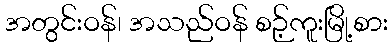
အတွင်းဝန်၊ အသည်ဝန် စဉ့်ကူးမြို့စား